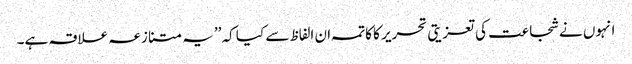
انہوں نے شجاعت کی تعزیتی تحریر کا کاتمہ ان الفاظ سے کیا کہ ’’یہ متنازعہ علاقہ ہے۔